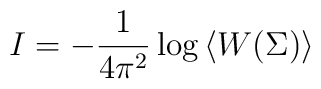
I = - \frac{1}{4 \pi^2} \log \left<W (\Sigma) \right>